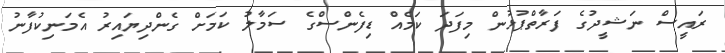
ރައީސް ނަޝީދުގެ ފަރާތްޕުޅުން މިފަދަ ކަމެއް ޑިފެންސްގެ ސަމާލު ކަމަށް ގެންދިޔައިރު އެމަނިކުފާނު